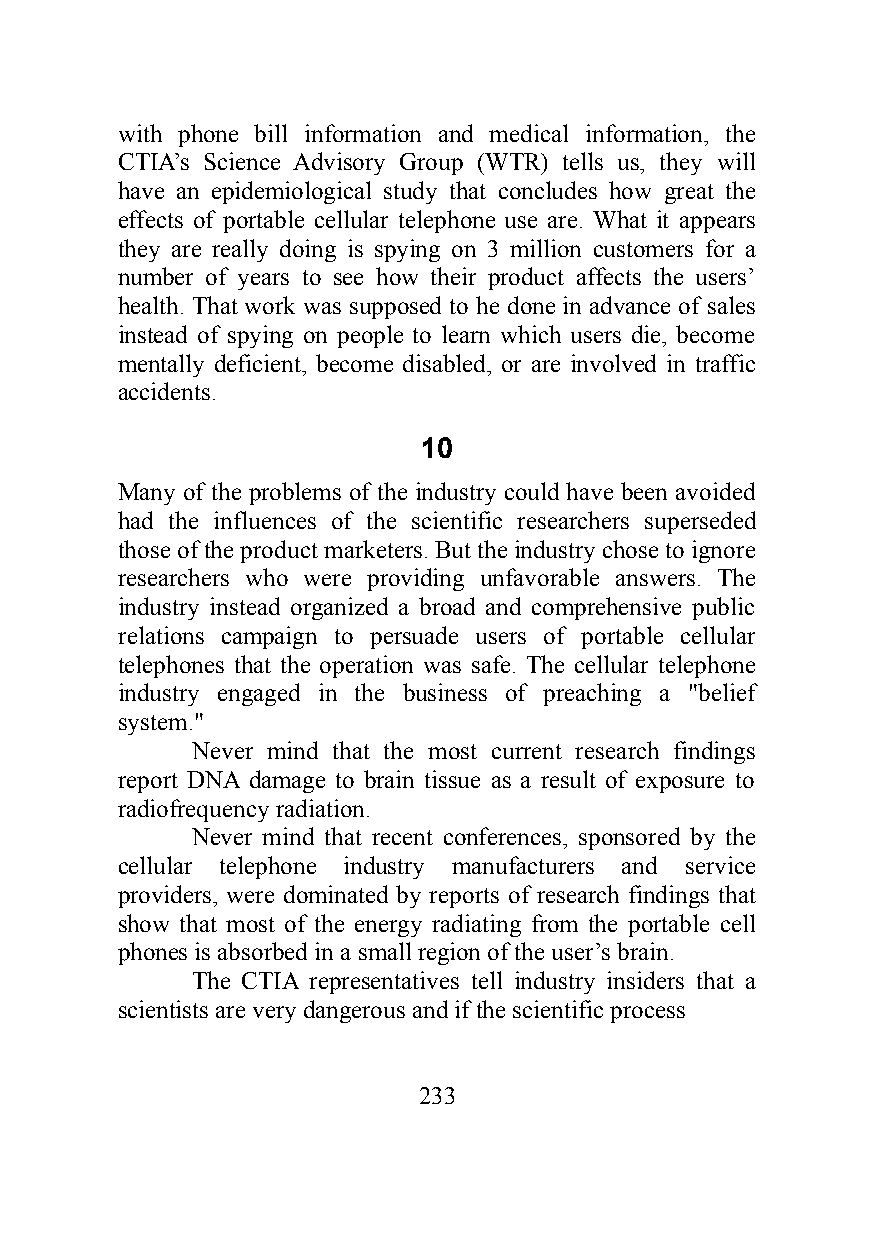
with phone bill information and medical information, the
 CTIA’s Science Advisory Group (WTR) tells us, they will
 have an epidemiological study that concludes how great the
 effects of portable cellular telephone use are. What it appears
 they are really doing is spying on 3 million customers for a
 number of years to see how their product affects the users’
 health. That work was supposed to he done in advance of sales
 instead of spying on people to learn which users die, become
 mentally deficient, become disabled, or are involved in traffic
 accidents.
 10
 Many of the problems of the industry could have been avoided
 had the influences of the scientific researchers superseded
 those of the product marketers. But the industry chose to ignore
 researchers who were providing unfavorable answers. The
 industry instead organized a broad and comprehensive public
 relations campaign to persuade users of portable cellular
 telephones that the operation was safe. The cellular telephone
 industry engaged in the business of preaching a "belief
 system."
 Never mind that the most current research findings
 report DNA damage to brain tissue as a result of exposure to
 radiofrequency radiation.
 Never mind that recent conferences, sponsored by the
 cellular telephone industry manufacturers and service
 providers, were dominated by reports of research findings that
 show that most of the energy radiating from the portable cell
 phones is absorbed in a small region of the user’s brain.
 The CTIA representatives tell industry insiders that a
 scientists are very dangerous and if the scientific process
 233